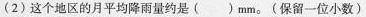
(2)这个地区的月平均降雨量约是( )mm。(保留一位小数)